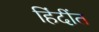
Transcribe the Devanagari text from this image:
हिंदींत